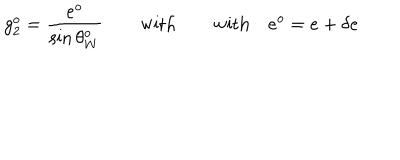
g _ { 2 } ^ { o } = { \frac { e ^ { o } } { \sin \theta _ { W } ^ { o } } } \qquad \mathrm { w i t h } \qquad \mathrm { w i t h } \quad e ^ { o } = e + \delta e